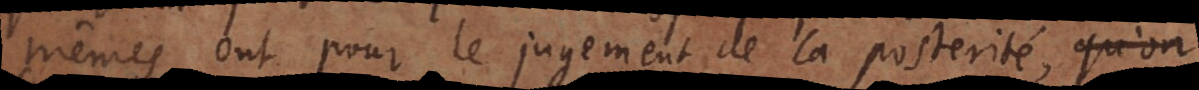
mêmes ont pour le jugement de la posterité, fait